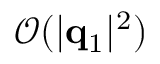
\mathcal { O } ( | \mathbf { q } _ { 1 } | ^ { 2 } )